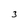
Character: 3